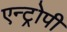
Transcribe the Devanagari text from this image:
एन्ट्रोपी